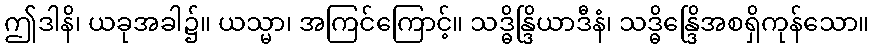
ဤဒါနိ၊ ယခုအခါ၌။ ယသ္မာ၊ အကြင်ကြောင့်။ သဒ္ဓိန္ဒြိယာဒီနံ၊ သဒ္ဓိန္ဒြေိအစရှိကုန်သော။